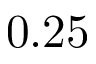
0 . 2 5